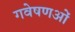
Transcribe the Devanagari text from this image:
गवेषणओं